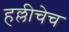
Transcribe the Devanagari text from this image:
हल्लीचेच